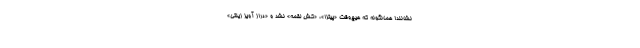
نشانند! همانگونه که هیچ‌وقت «پیتزا»، «کش لقمه» نشد و «دراز آویز زینتی»